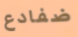
ضفادع